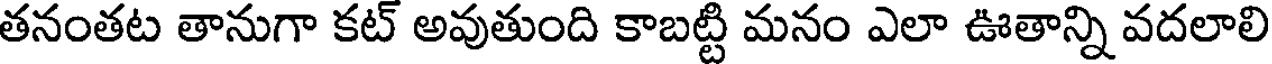
తనంతట తానుగా కట్ అవుతుంది కాబట్టి మనం ఎలా ఊతాన్ని వదలాలి